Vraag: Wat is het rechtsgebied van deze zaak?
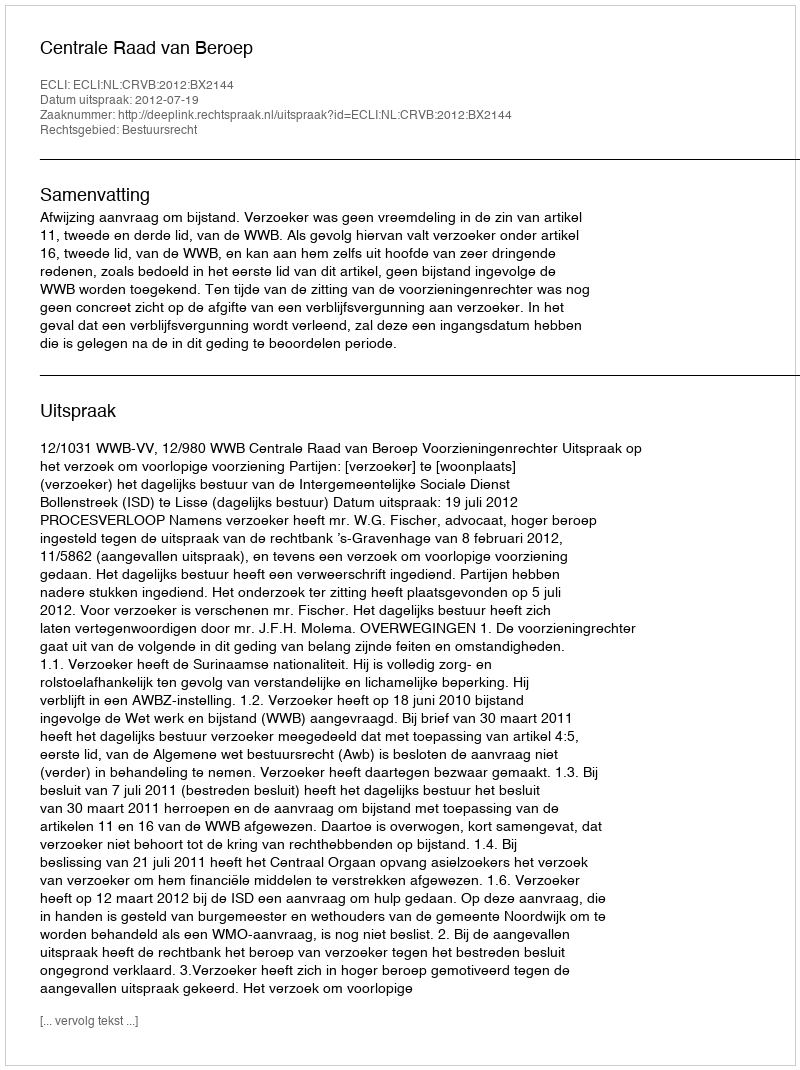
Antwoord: Bestuursrecht